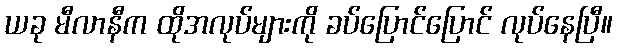
ယခု မီလာနီက ထိုအလုပ်များကို ခပ်ပြောင်ပြောင် လုပ်နေပြီ။